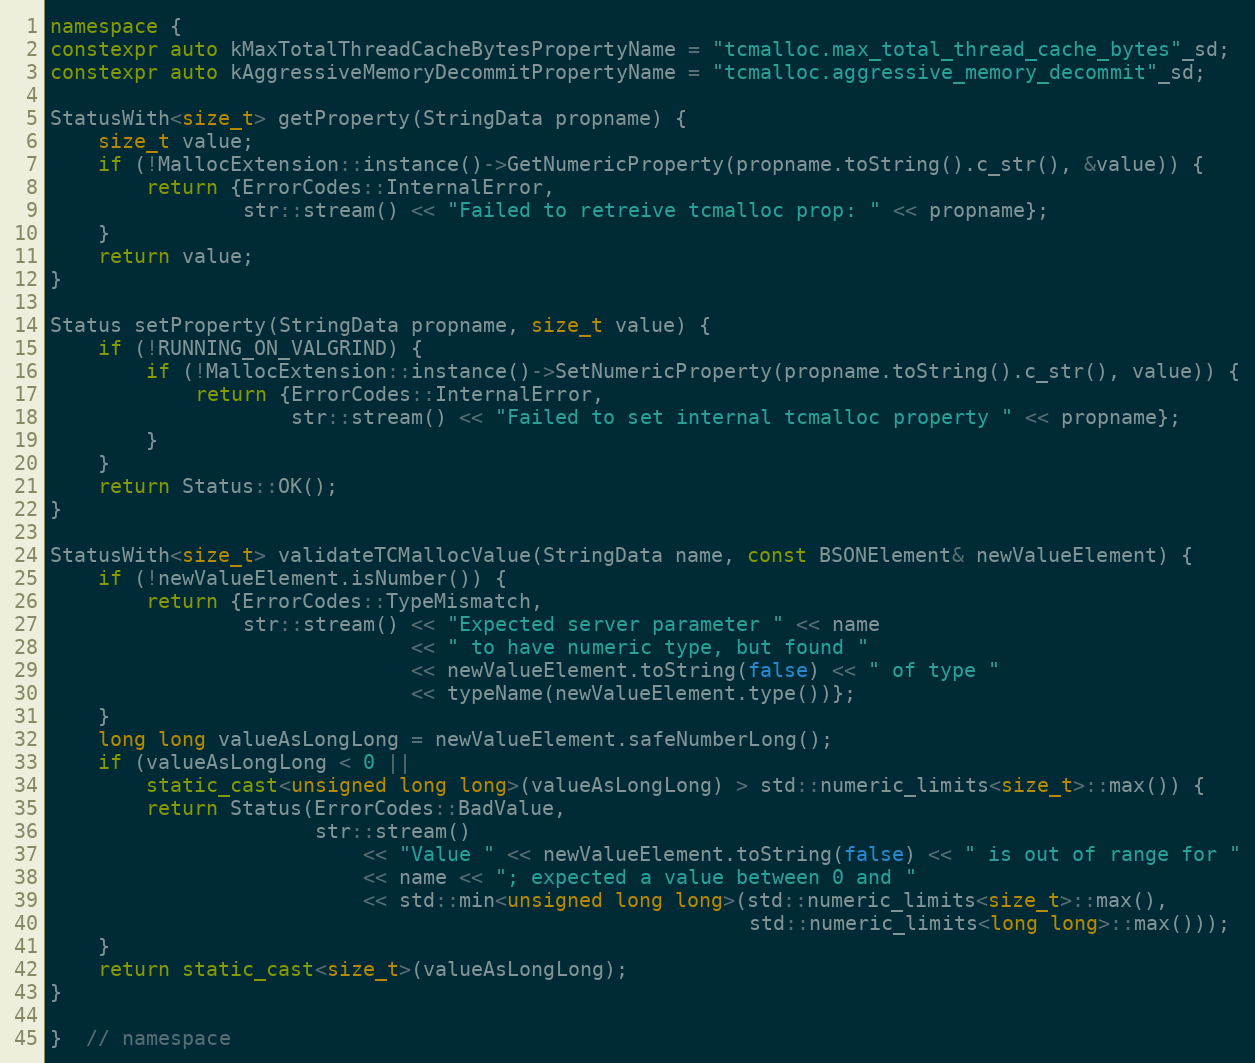
Language: C++
namespace {
constexpr auto kMaxTotalThreadCacheBytesPropertyName = "tcmalloc.max_total_thread_cache_bytes"_sd;
constexpr auto kAggressiveMemoryDecommitPropertyName = "tcmalloc.aggressive_memory_decommit"_sd;

StatusWith<size_t> getProperty(StringData propname) {
    size_t value;
    if (!MallocExtension::instance()->GetNumericProperty(propname.toString().c_str(), &value)) {
        return {ErrorCodes::InternalError,
                str::stream() << "Failed to retreive tcmalloc prop: " << propname};
    }
    return value;
}

Status setProperty(StringData propname, size_t value) {
    if (!RUNNING_ON_VALGRIND) {
        if (!MallocExtension::instance()->SetNumericProperty(propname.toString().c_str(), value)) {
            return {ErrorCodes::InternalError,
                    str::stream() << "Failed to set internal tcmalloc property " << propname};
        }
    }
    return Status::OK();
}

StatusWith<size_t> validateTCMallocValue(StringData name, const BSONElement& newValueElement) {
    if (!newValueElement.isNumber()) {
        return {ErrorCodes::TypeMismatch,
                str::stream() << "Expected server parameter " << name
                              << " to have numeric type, but found "
                              << newValueElement.toString(false) << " of type "
                              << typeName(newValueElement.type())};
    }
    long long valueAsLongLong = newValueElement.safeNumberLong();
    if (valueAsLongLong < 0 ||
        static_cast<unsigned long long>(valueAsLongLong) > std::numeric_limits<size_t>::max()) {
        return Status(ErrorCodes::BadValue,
                      str::stream()
                          << "Value " << newValueElement.toString(false) << " is out of range for "
                          << name << "; expected a value between 0 and "
                          << std::min<unsigned long long>(std::numeric_limits<size_t>::max(),
                                                          std::numeric_limits<long long>::max()));
    }
    return static_cast<size_t>(valueAsLongLong);
}

}  // namespace